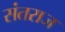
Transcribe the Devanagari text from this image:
संतराज